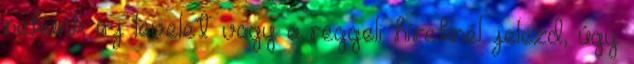
nekünk írj levelet vagy a reggeli híreknél jelezd, úgy